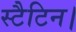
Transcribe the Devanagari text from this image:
स्टैटिन।